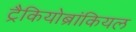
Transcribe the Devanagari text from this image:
ट्रैकियोब्रांकियल